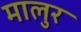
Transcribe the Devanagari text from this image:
मालुर